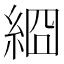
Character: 𦀝